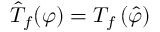
{ \hat { T } } _ { f } ( \varphi ) = T _ { f } \left( { \hat { \varphi } } \right)